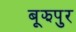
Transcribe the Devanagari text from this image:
बूझपुर